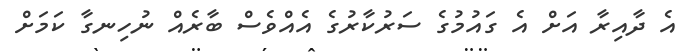
އެ ދާއިރާ އަށް އެ ގައުމުގެ ސަރުކާރުގެ އެއްވެސް ބާރެއް ނުހިނގާ ކަމަށް